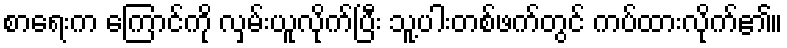
စာရေးက ကြောင်ကို လှမ်းယူလိုက်ပြီး သူ့ပါးတစ်ဖက်တွင် ကပ်ထားလိုက်၏။